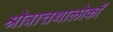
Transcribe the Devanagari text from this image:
श्रोत्रात्तथालोकाँ